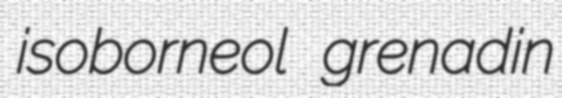
isoborneol grenadin